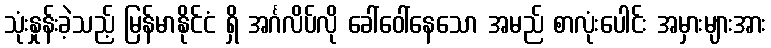
သုံးနှုန်းခဲ့သည့် မြန်မာနိုင်ငံ ရှိ အင်္ဂလိပ်လို ခေါ်ဝေါ်နေသော အမည် စာလုံးပေါင်း အမှားများအား